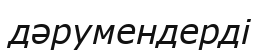
дәрумендерді